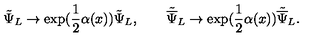
{ \tilde { \Psi } } _ { L } \rightarrow \exp ( \frac { 1 } { 2 } \alpha ( x ) ) { \tilde { \Psi } } _ { L } , \qquad { \tilde { \overline { \Psi } } } _ { L } \rightarrow \exp ( \frac { 1 } { 2 } \alpha ( x ) ) { \tilde { \overline { \Psi } } } _ { L } .